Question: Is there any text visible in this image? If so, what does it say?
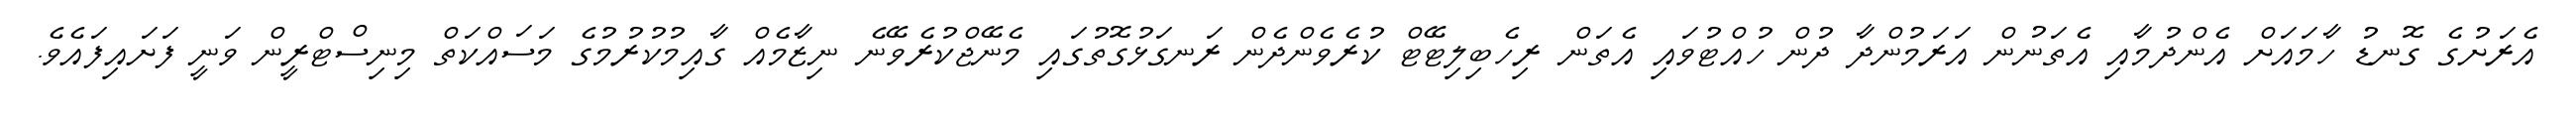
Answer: އެރަށުގެ ގޮނޑު ހާމައަށް އެންދުމާއި އެތަނުން އަރަމުންދާ ދުން ހުއްޓުވައި އެތަން ރިހެބިލިޓޭޓް ކުރެވެންދެން ރަނގަޅުގޮތުގައި މެނޭޖްކުރެވޭނެ ނިޒާމެއް ގާއިމުކުރުމުގެ މަސައްކަތް މިނިސްޓްރީން ވަނީ ފަށައިފައެވެ.